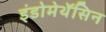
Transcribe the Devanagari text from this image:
इंडोमेथॅसिन